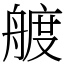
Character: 艔